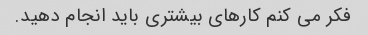
فکر می کنم کارهای بیشتری باید انجام دهید.